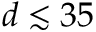
d \lesssim 3 5